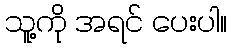
သူ့ကို အရင် ပေးပါ။